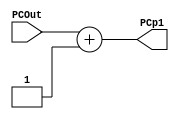
`timescale 1ns / 1ps
//////////////////////////////////////////////////////////////////////////////////
// Company: 
// Engineer: 
// 
// Design Name: 
// Module Name: adder
// Project Name: 
// Target Devices: 
// Tool Versions: 
// Description: 
// 
// Dependencies: 
// 
// Revision:
// Revision 0.01 - File Created
// Additional Comments:
// 
//////////////////////////////////////////////////////////////////////////////////


/// PC ADDER /// **Outputs PCp1**
 /*
    After fetching an instruction, the address of the next instruction is incremented and new a
     address is written into PC on the NEXT rising edge of CLK
*/
module adder(
input [31 : 0] PCOut,
output reg [31 : 0] PCp1
);
always @(*) begin
    PCp1 <= PCOut + 1; 
    
end

endmodule